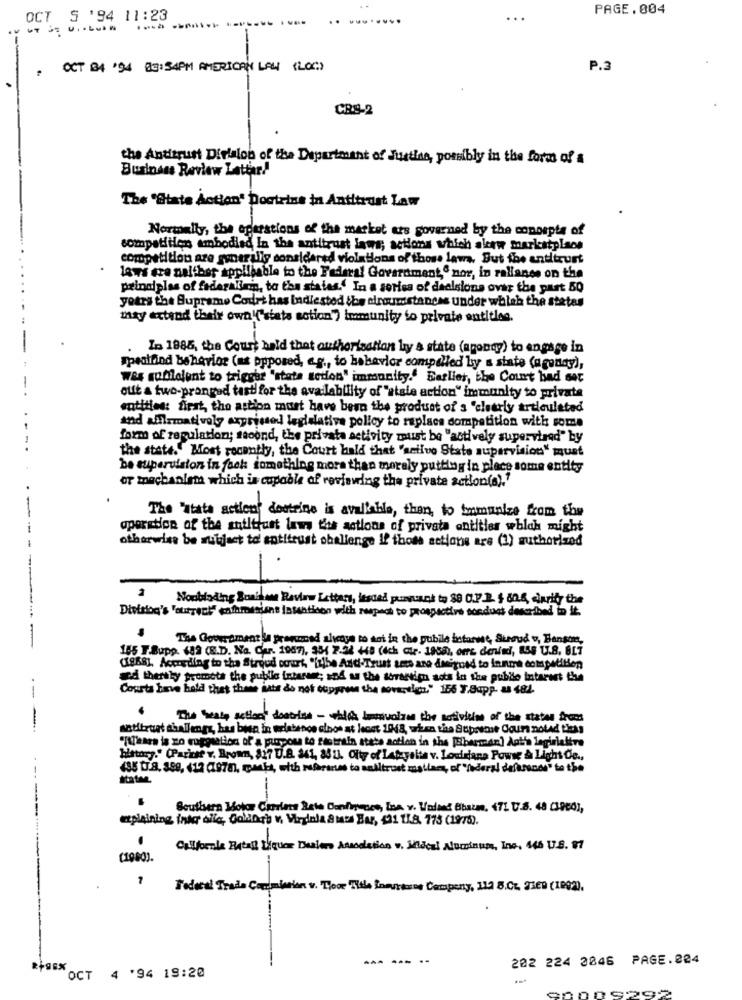
PAGE.004
OCT S '94 11:23
OCT 84 '94 83:54PM AMERICAN LAW (LOG)
P.3
CRS-2
the Antitrust Division of the Department of Justine, pomibly in the force of a
Business Review Latter!
The "State Action' Doctrine in Antitrust Law
Normally, the operations of the market ats governed by the concepts of
sompatiiden embodied In the antitrust laws; actions which alew marketplace
competition are generally considered violations of those lawn, But the antitrust
laws are neither applicable to the Federal Government,& nor, in reliance on the
principles of faderadam, to the states.' In a series of dealsions over the past 50
yours the Supreme Court has Indiested ibe circumstances under which the states
may extend their own!('sbats action") immunity to private entities.
In 1885, the Court hold that authorisation ly a state (agency) to engage in
ppealfind behavior (as opposed, a.g ., to hahavior compelled by a state (a gonag),
was sublolunt to trigger "stata sedon" immunity." Earlier, the Court bad det
ouft a two-pronged tastifor the availability of "stale action" immunity to privata
entities: first, the action must have been the product of s "clearly articulated
and affirmatively expressed legislative policy to rapisen competition with some
form of regulation; sound, the privata activity must be "actively supervised" by
the state."" Most recently, the Court bald that 'seilvo State supervision" must
be supervision in fack something more than moraly putting in place some entity
or machaniem which is capable of reviewing the private action(a)."
The Patate actions destrine is available, than, to humanize from the
operation of the antitrust laws the actions of privata antitles which might
otherwise be subject to antitrust oballenge if those actions are (1) authorized
Nonbinding Zonikon Review Letters, itscad pursuant to 88 C.P.R. $ 80.6, iarity the
Division's 'current" potaminions lasanticon with respect to prospective sonduas described to it.
--------
The Government la pramoned alvoje to soi in the pubile istarne, Suoud , Benson,
185 T.Supp. (82 (8.D. No. Car. 1967), 954 2-54 +48 (4ch air- 1955), orrs denind, 858 U.S. BLT
(1868), According to the Strood court, "fuibe And-Trust sets are dsigned to innme competition
sod therthy promote the public intaran; and as the derartim sots in the publio intarust the
Courts have held that these aats do not suppress the sovereign." 156 7.Sopp- as 482.
--
The Seaty sellers dontrisa - which lamuoizes the sotivitime of the states Arcos
satitruet challenge, has bun in wrlatence elbos at hoes 1948, when the Stiprense Cours noted theas
"[There is no ruggiation of a purpose to riotrain, ataba action in the [abarmani Aglio lagirialtro
history." (Paritar v. Brown, 817 U.S. 241, 85 1). Olty of Latzyalta v. Louisiana Powie & Light Og .,
435 UJ.8. 359, (12 (1978), manka, with refranes to antitrust mallaes, of"federal defarande" to the
staten
-
Southern Motor Charlene Rate Continuare, Ina. v. Vadhad Chata. 471 U.S. 48 C1960),
etpleining iniar alla, Colors v, Virginia 8 Mars Bar, $21 11.8. 775 (1975).
Callforale Entall Liquore Dealers Association v. Miacal Aluminum, Inc. 446 U.S. 97
Federal Trade Commission v. Toor Title Inmyrsone Company, 112 8.CL. 2369 (1992).
202 224 2846 PAGE.224
RfSex
OCT 4 '94 19:20